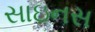
સાઇનસ